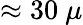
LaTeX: \approx 30~\mu